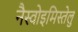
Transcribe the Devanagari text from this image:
नैस्वोइमिस्तेलु